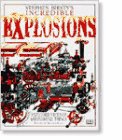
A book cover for Stephen Biesty's Incredible Explosions: Exploded Views of Astonishing Things; Richard Platt; Engineering & Transportation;